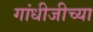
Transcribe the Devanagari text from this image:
गांधीजीच्या